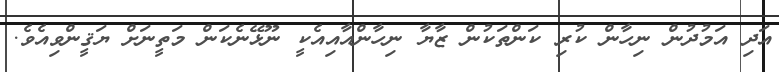
އަދި އަމުދުން ނިހާން ކުރި ކަންތަކުން ޒާޔާ ނިހާންއާއިއެކީ ނޫޅޭނެކަން މަތީނަށް ޔަޤީންވިއެވެ.